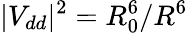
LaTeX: |V_{dd}|^{2}=R_{0}^{6}/R^{6}